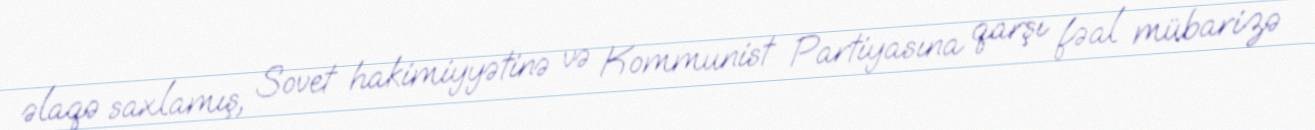
əlaqə saxlamış, Sovet hakimiyyətinə və Kommunist Partiyasına qarşı fəal mübarizə